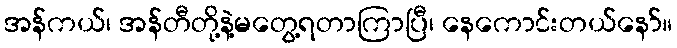
အန်ကယ်၊ အန်တီတို့နဲ့မတွေ့ရတာကြာပြီ၊ နေကောင်းတယ်နော်။